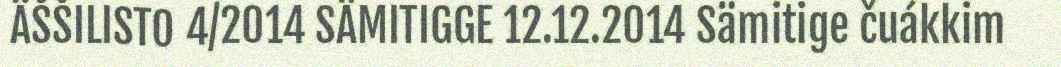
ÄŠŠILISTO 4/2014 SÄMITIGGE 12.12.2014 Sämitige čuákkim